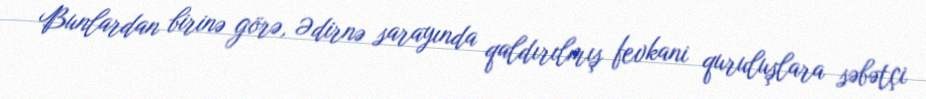
Bunlardan birinə görə, Ədirnə sarayında qaldırılmış fevkani quruluşlara səbətçi